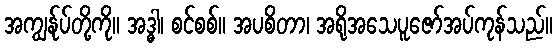
အကျွန်ုပ်တို့ကို။ အဒ္ဓါ၊ စင်စစ်။ အပစိတာ၊ အရိုအသေပူဇော်အပ်ကုန်သည်။